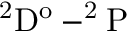
\mathrm { ^ 2 D ^ { o } - ^ { 2 } P }